Lunatic asylums Punjab 1868-1880 - 1868-1880
Year: 1868
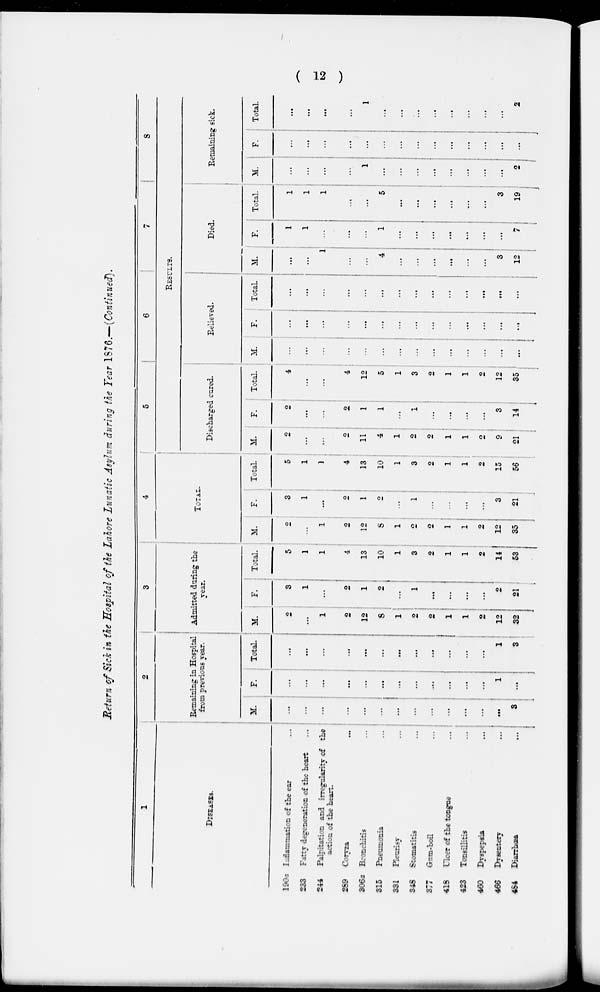
( 12 )
Return of Sick in the Hospital of tie Lahore Lunatic Asylum during the Year 1876.—(Continued).
1
DlSEASES.
190a
233
244
269
906a
315
331
348
377
418
423
460
466
484
Inflammation of the ear ...
Fatty degeneration of the heart ...
Palpitation and irregularity of the
action of the heart.
Coryza ...
Bronchitis ...
Pneumonia ...
Pleurisy ...
Stomatitis ...
Gran-boil ...
Ulcer of the tongue ...
Tonsillitis ...
Dyspepsia
...
Dysentery ...
Diarrhæa ...
2
Remaining in Hospital
from previous year.
M.
...
...
...
...
...
...
...
...
...
...
...
...
... 3
F.
...
...
...
...
...
...
...
...
...
...
...
...
1
...
Total.
...
...
...
...
...
...
...
...
...
...
...
...
1
3
3
Admitted during the
year.
M.
2
...
1
2
12
8
1
2
2
1
1
2
12
32
F.
3
1
...
2
1
2
...
1
...
...
...
...
2
...
Total.
5
1
1
4
13
10
1
3
2
1
1
2
14
53
4
TOTAL
M.
2
...
1
2
12
8
1
2
2
1
1
2
12
35
F.
3
1
...
2
1
2
...
1
...
...
...
...
3
21
Total
5
1
1
4
13
10
1
3
2
1
1
2
15
56
5
6
7
8
RESULTS.
Discharged cured.
M.
2
...
...
2
11
4
1
2
2
1
1
...
9
21
F.
2
...
...
...
1
1
1
...
...
...
...
3
14
Total.
4
...
...
...
12
5
1
1
2
1
1
2
12
35
Relived.
M.
...
...
...
...
...
...
...
...
...
...
...
...
...
...
F.
...
...
...
...
...
...
...
...
...
...
...
...
...
Total.
...
...
...
...
...
...
...
...
...
...
...
...
...
...
Died.
M.
...
...
1
...
...
4
...
...
...
...
...
...
3
12
F.
1
1
...
...
...
1
...
...
...
...
...
...
...
7
Total.
1
1
1
...
...
5
...
...
...
...
...
...
3
19
Remaining sick.
M.
...
...
...
...
1
...
...
...
...
...
...
...
...
2
F.
...
...
...
...
...
...
...
...
...
...
...
...
...
Total.
...
...
...
...
1
...
...
...
...
...
...
...
...
2